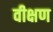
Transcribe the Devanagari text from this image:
वीक्षण